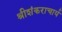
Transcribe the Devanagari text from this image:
श्रीशंकराचार्य